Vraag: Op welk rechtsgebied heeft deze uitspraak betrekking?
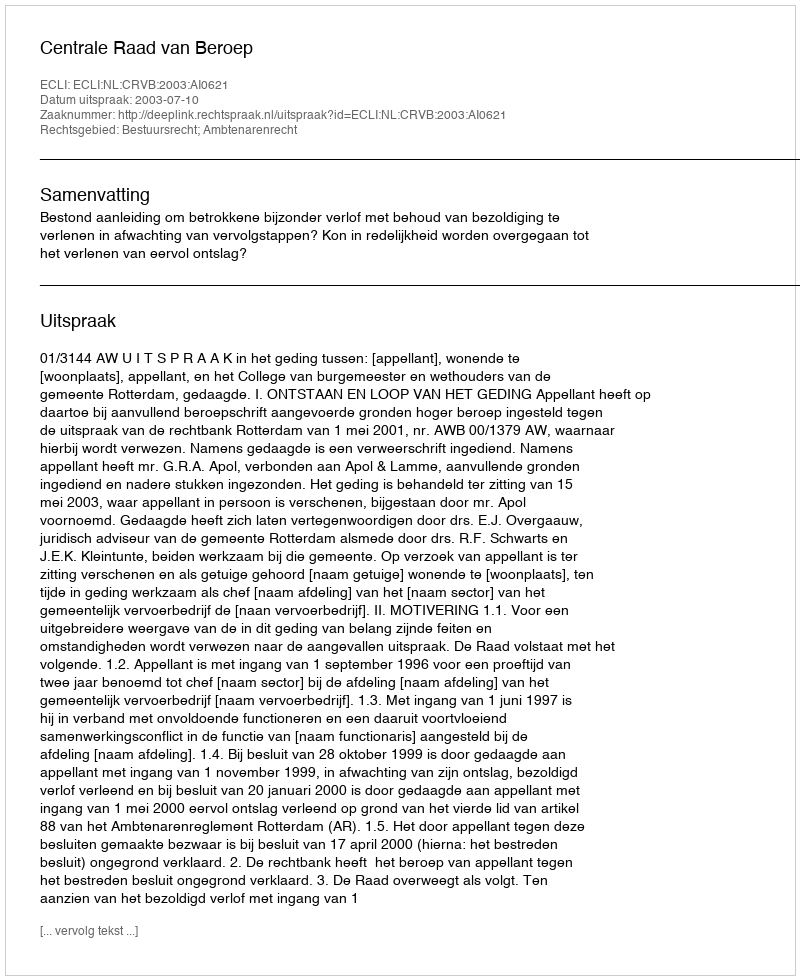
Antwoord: Bestuursrecht; Ambtenarenrecht